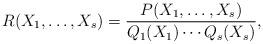
LaTeX: \begin{align*}R(X_1,\ldots,X_s)=\frac{P(X_1,\ldots,X_s)}{Q_1(X_1)\cdots Q_s(X_s)},\end{align*}